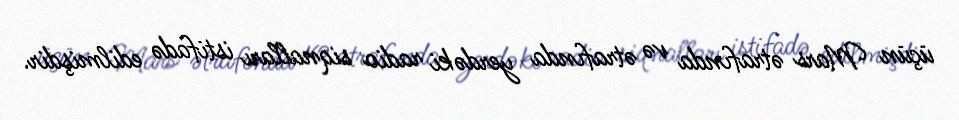
üçün Mars ətrafında və ətrafında yerdəki radio siqnalları istifadə edilmişdir.